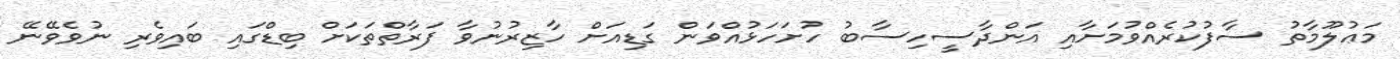
މަޢުލޫމާތު ސާފުކުރެއްވުމަށާއި އަންދާސީހިސާބު ހުށަހަޅުއްވަން ގަޑިއަށް ހާޒިރުނުވާ ފަރާތްތަކަށް ބިޑްގައި ބައިވެރި ނުވެވޭނޭ